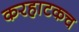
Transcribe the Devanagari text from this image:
करहाटकच